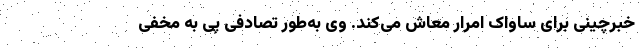
خبرچینی برای ساواک امرار معاش می‌کند. وی به‌طور تصادفی پی به مخفی